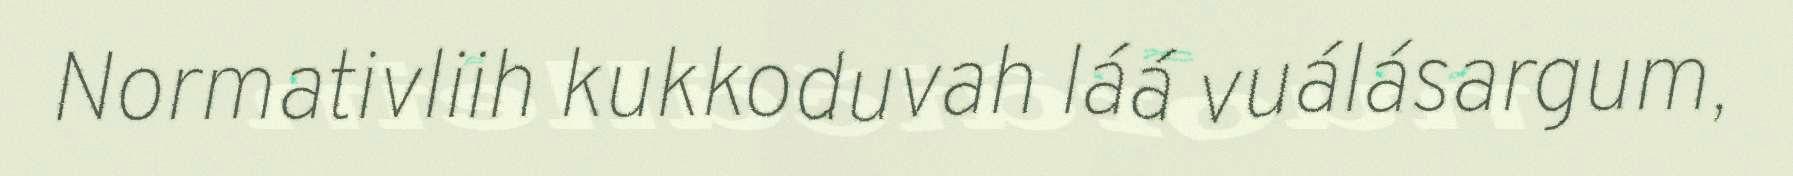
Normativliih kukkoduvah láá vuálásargum,